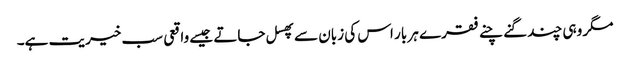
مگر وہی چند گنے چنے فقرے ہر بار اس کی زبان سے پھسل جاتے جیسے واقعی سب خیریت ہے۔